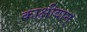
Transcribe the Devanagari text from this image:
काक्षीवान्